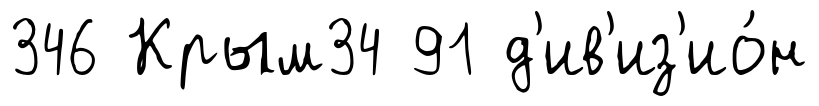
346 Крым34 91 д'ив'из'ио́н